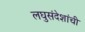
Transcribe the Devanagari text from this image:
लघुसंदेशांची